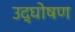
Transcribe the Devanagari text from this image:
उद्घोषण